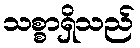
သစ္စာရှိသည်